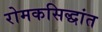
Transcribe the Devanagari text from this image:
रोमकसिद्धांत